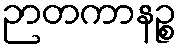
ဉာတကာနဉ္စ